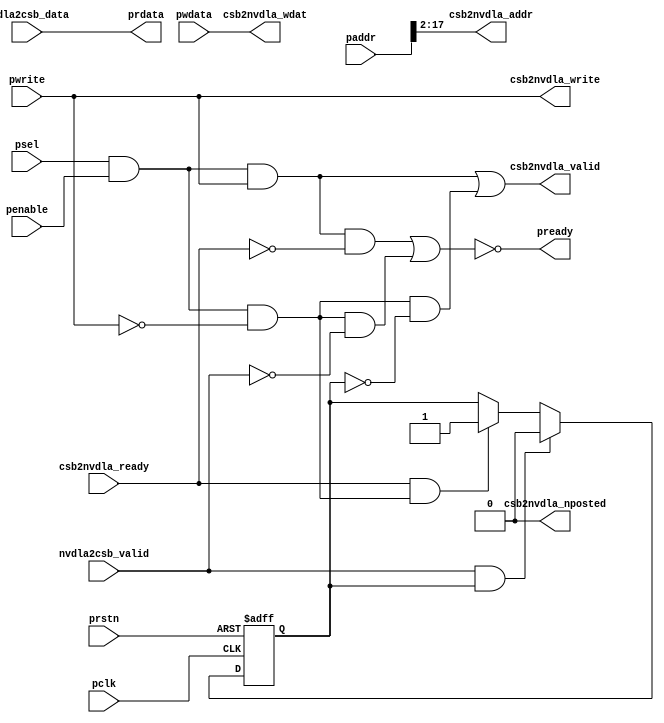
module NV_NVDLA_apb2csb (
   pclk
  ,prstn
  ,csb2nvdla_ready
  ,nvdla2csb_data
  ,nvdla2csb_valid
  ,paddr
  ,penable
  ,psel
  ,pwdata
  ,pwrite
  ,csb2nvdla_addr
  ,csb2nvdla_nposted
  ,csb2nvdla_valid
  ,csb2nvdla_wdat
  ,csb2nvdla_write
  ,prdata
  ,pready
  );
input pclk;
input prstn;
//apb interface
input psel;
input penable;
input pwrite;
input [31:0] paddr;
input [31:0] pwdata;
output [31:0] prdata;
output pready;
//csb interface
output csb2nvdla_valid;
input csb2nvdla_ready;
output [15:0] csb2nvdla_addr;
output [31:0] csb2nvdla_wdat;
output csb2nvdla_write;
output csb2nvdla_nposted;
input nvdla2csb_valid;
input [31:0] nvdla2csb_data;
//input nvdla2csb_wr_complete;
reg rd_trans_low;
wire rd_trans_vld;
wire wr_trans_vld;
// synoff nets
// monitor nets
// debug nets
// tie high nets
// tie low nets
// no connect nets
// not all bits used nets
// todo nets
assign wr_trans_vld = psel & penable & pwrite;
assign rd_trans_vld = psel & penable & ~pwrite;
always @(posedge pclk or negedge prstn) begin
  if (!prstn) begin
    rd_trans_low <= 1'b0;
  end else begin
    if(nvdla2csb_valid & rd_trans_low)
        rd_trans_low <= 1'b0;
    else if (csb2nvdla_ready & rd_trans_vld)
        rd_trans_low <= 1'b1;
  end
end
assign csb2nvdla_valid = wr_trans_vld | rd_trans_vld & ~rd_trans_low;
assign csb2nvdla_addr = paddr[17:2];
assign csb2nvdla_wdat = pwdata[31:0];
assign csb2nvdla_write = pwrite;
assign csb2nvdla_nposted = 1'b0;
assign prdata = nvdla2csb_data[31:0];
assign pready = ~(wr_trans_vld & ~csb2nvdla_ready | rd_trans_vld & ~nvdla2csb_valid);
endmodule